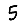
Digit: 5